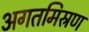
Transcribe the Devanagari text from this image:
अगतमिस्रण